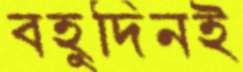
বহুদিনই